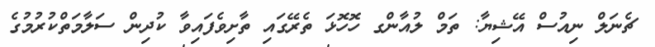
ޗެނަލް ނިއުސް އޭޝިޔާ: ތަމް ލުއާންގ ހޮހޮޅަ ތެރޭގައި ތާށިވެފައިވާ ކުދިން ސަލާމަތްކުރުމުގެ